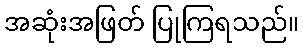
အဆုံးအဖြတ် ပြုကြရသည်။